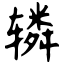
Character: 辚